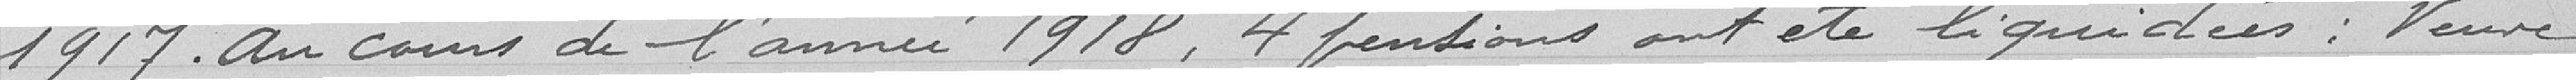
1917. Au cours de l'année 1918, 4 pensions ont été liquidées : Veuve